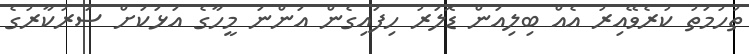
ތުހުމަތު ކުރެވޭއިރު އެއް ބިލިއަން ޑޮލަރު ހިފައިގެން އަންނަ މީހާގެ އަޅަކަށް ސަރުކާރުގެ